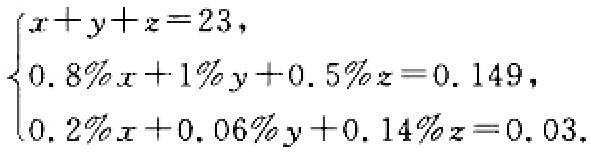
$\begin{cases}
x + y + z = 23,\\
0.8\%x + 1\%y + 0.5\%z = 0.149,\\
0.2\%x + 0.06\%y + 0.14\%z = 0.03.
\end{cases}$